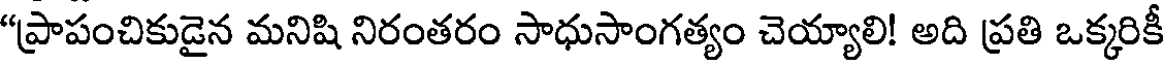
"ప్రాపంచికుడైన మనిషి నిరంతరం సాధుసాంగత్యం చెయ్యాలి! అది ప్రతి ఒక్కరికీ